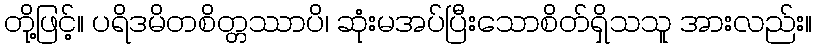
တို့ဖြင့်။ ပရိဒမိတစိတ္တဿာပိ၊ ဆုံးမအပ်ပြီးသောစိတ်ရှိသသူ အားလည်း။